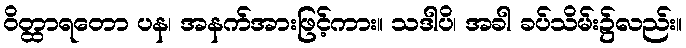
ဝိတ္ထာရတော ပန၊ အနက်အားဖြင့်ကား။ သဒါပိ၊ အခါ ခပ်သိမ်း၌လည်း။